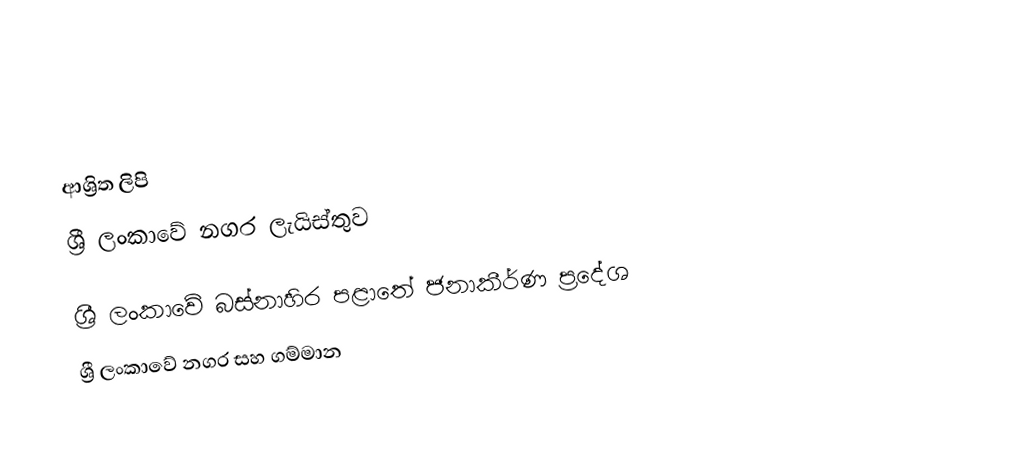

ආශ්‍රිත ලිපි
ශ්‍රී ලංකාවේ නගර ලැයිස්තුව

ශ්‍රී ලංකාවේ බස්නාහිර පළාතේ ජනාකීර්ණ ප්‍රදේශ
ශ්‍රී ලංකාවේ නගර සහ ගම්මාන